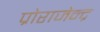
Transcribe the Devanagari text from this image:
प्रोराजेन्द्र